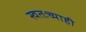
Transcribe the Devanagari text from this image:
स्वतःच्याही